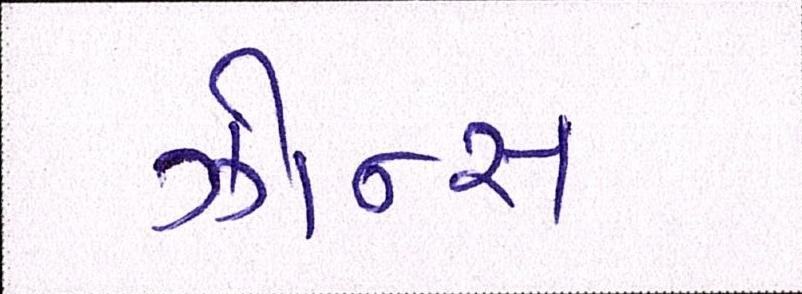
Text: ઝોન્સ